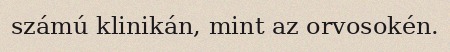
számú klinikán, mint az orvosokén.